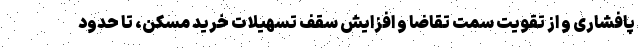
پافشاری و از تقویت سمت تقاضا و افزایش سقف تسهیلات خرید مسکن، تا حدود